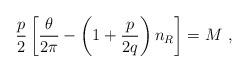
LaTeX: \begin{align*}{p\over 2} \left[{\theta\over 2\pi}-\left(1+{p\over 2q}\right) n_{R}\right] = M \,\,,\end{align*}